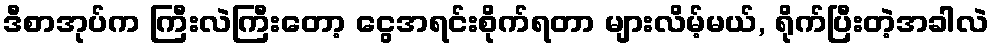
ဒီစာအုပ်က ကြီးလဲကြီးတော့ ငွေအရင်းစိုက်ရတာ များလိမ့်မယ်, ရိုက်ပြီးတဲ့အခါလဲ